Civil Veterinary Department Bengal reports 1933-51 - 1933-1951
Year: 1933
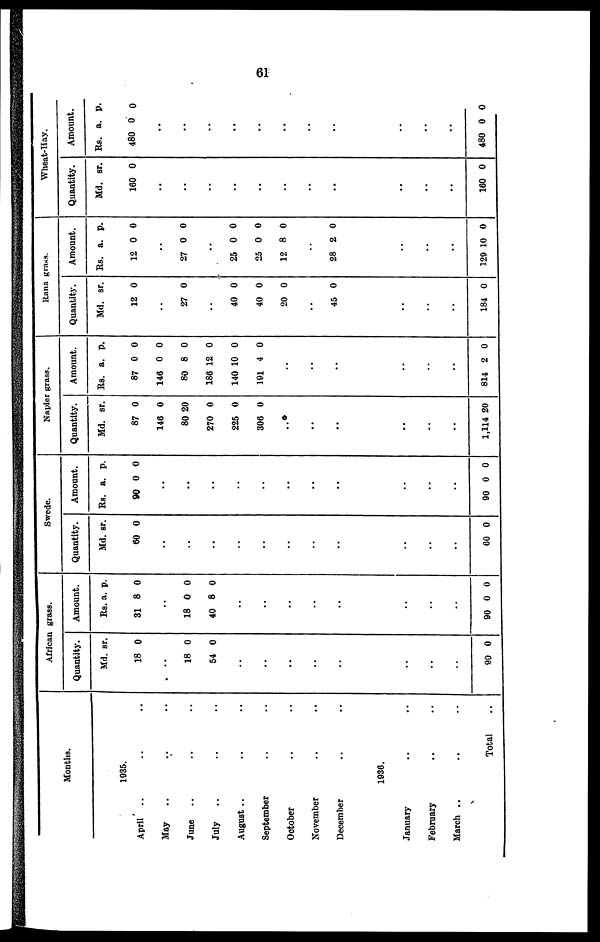
61
Months.
1935.
April
..
May ..
June ..
July ..
August ..
September
October
November
December
January
February
March ..
..
..
..
..
..
..
..
..
..
1936.
..
..
..
Total
..
..
..
..
..
..
..
..
..
..
..
..
African grass.
Quantity.
Md.
18
sr.
0
..
18
54
0
0
..
..
..
..
..
..
..
..
90 0
Amount.
Rs.
31
a.
8
p.
0
..
18
40
0
8
0
0
..
..
..
..
..
..
..
..
90
0 0
Swede.
Quantity.
Md.
60
sr.
0
..
..
..
..
..
..
..
..
..
..
..
60 0
Amount.
Rs.
90
a.
0
p.
0
..
..
..
..
..
..
..
..
..
..
..
90 0 0
Napier grass.
Quantity.
Md.
87
146
80
270
225
306
sr.
0
0
20
0
0
0
..
..
..
..
..
..
1,114 20
Amount.
Us.
87
146
80
186
140
191
a.
0
0
8
12
10
4
p.
0
0
0
0
0
0
..
..
..
..
..
..
814 2 0
Rana grass.
Quantity.
Md.
12
sr.
0
..
27 0
..
40
40
20
0
0
0
..
45 0
..
..
..
184 0
Amount.
Rs.
12
a.
0
p.
0
..
27 0 0
..
25
25
12
0
0
8
0
0
0
..
28 2 0
..
..
..
129 10 0
Wheat-Hay.
Quantity.
Md.
160
sr.
0
..
..
..
..
..
..
..
..
..
..
..
160 0
Amount.
Rs.
480
a.
0
p.
0
..
..
..
..
..
..
..
..
..
..
..
480 0 0